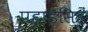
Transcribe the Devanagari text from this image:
पहाड़सिहं